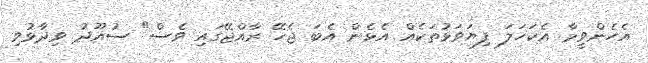
އެހެންވީމާ އެކަހަލަ ފިޔަވަޅުތަކެއް އެޅެން އެބަ ޖެހޭ ރާއްޖޭގައި ވެސް" ސުއޫދު ވިދާޅުވި